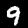
Label: 9